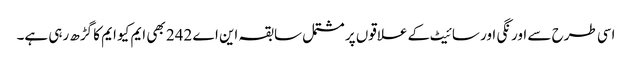
اسی طرح سے اورنگی اور سائیٹ کے علاقوں پر مشتمل سابقہ این اے 242 بھی ایم کیو ایم کا گڑھ رہی ہے۔